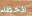
الأخطاء